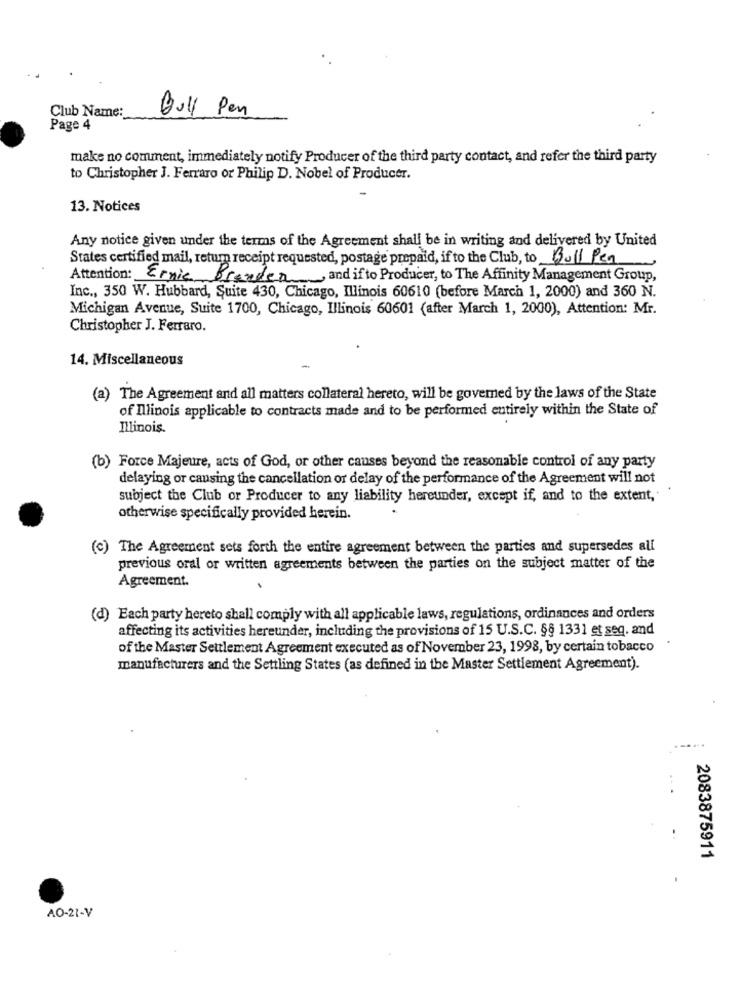
Club Name:
Bull Pen
Page 4
make no comment, immediately notify Producer of the third party contact, and refer the third party
to Christopher J. Ferraro or Philip D. Nobel of Producer.
13. Notices
Any notice given under the terms of the Agreement shall be in writing and delivered by United
States certified mail, return receipt requested, postage prepaid, if to the Club, to Bull Pen
Attention: Ernie Branden, and if to Producer, to The Affinity Management Group,
Inc ., 350 W. Hubbard, Suite 430, Chicago, Illinois 60610 (before March 1, 2000) and 360 N.
Michigan Avenue, Suite 1700, Chicago, Illinois 60601 (after March 1, 2000), Attention: Mr.
Christopher J. Ferraro.
14. Miscellaneous
(a) The Agreement and all matters collateral hereto, will be governed by the laws of the State
of Illinois applicable to contracts made and to be performed entirely within the State of
Illinois.
(b) Force Majeure, acts of God, or other causes beyond the reasonable control of any party
delaying or causing the cancellation or delay of the performance of the Agreement will not
subject the Club or Producer to any liability hereunder, except if, and to the extent,
otherwise specifically provided herein.
(c) The Agreement sets forth the entire agreement between the parties and supersedes all
previous oral or written agreements between the parties on the subject matter of the
Agreement.
(d) Each party hereto shall comply with all applicable laws, regulations, ordinances and orders
affecting its activities hereunder, including the provisions of 15 U.S.C. §§ 1331 et seq. and
of the Master Settlement Agreement executed as of November 23, 1998, by certain tobacco
manufacturers and the Settling States (as defined in the Master Settlement Agreement).
2083875911
AO-21-V